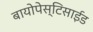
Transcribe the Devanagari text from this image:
बायोपेस्टिसाईड